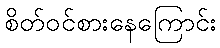
စိတ်ဝင်စားနေကြောင်း